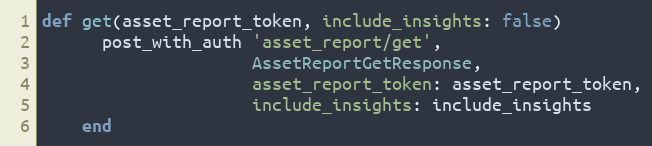
Language: Ruby
def get(asset_report_token, include_insights: false)
      post_with_auth 'asset_report/get',
                     AssetReportGetResponse,
                     asset_report_token: asset_report_token,
                     include_insights: include_insights
    end